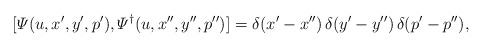
\begin{align*}[{\mit\Psi}(u,x',y',p'),{\mit\Psi}^\dagger(u,x'',y'',p'')]= \delta(x'-x'')\,\delta(y'-y'')\,\delta(p'-p''),\end{align*}